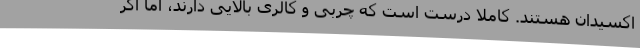
اکسیدان هستند. کاملا درست است که چربی و کالری بالایی دارند، اما اگر